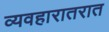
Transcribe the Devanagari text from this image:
व्यवहारातरात